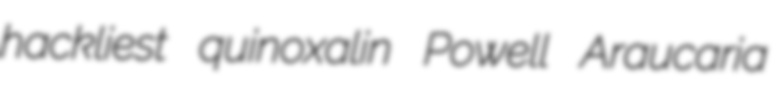
hackliest quinoxalin Powell Araucaria